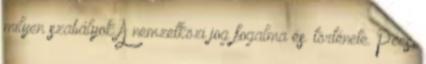
milyen szabályok A nemzetközi jog fogalma és. története. Pécs,